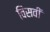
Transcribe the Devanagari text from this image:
विसवीं